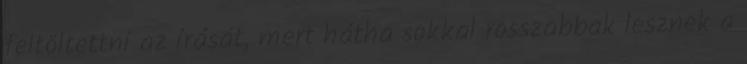
feltöltettni az írását, mert hátha sokkal rosszabbak lesznek a